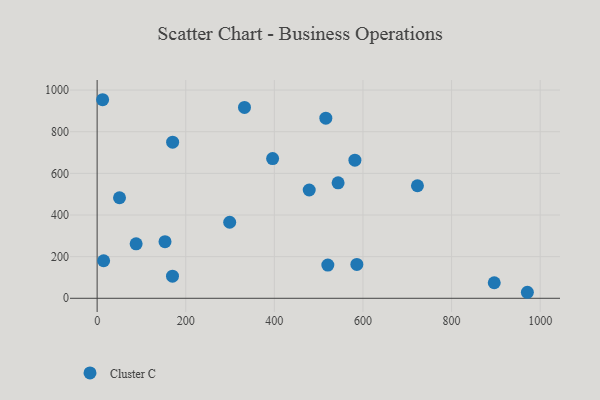
{"axis": {"x": "Distance", "y": "Sales"}, "legend": ["Cluster C"], "data": [{"x": "14.7", "y": 180.3, "type": "Cluster C"}, {"x": "396.1", "y": 670.8, "type": "Cluster C"}, {"x": "88.0", "y": 261.8, "type": "Cluster C"}, {"x": "299.2", "y": 365.1, "type": "Cluster C"}, {"x": "586.2", "y": 162.6, "type": "Cluster C"}, {"x": "543.9", "y": 554.7, "type": "Cluster C"}, {"x": "723.0", "y": 540.4, "type": "Cluster C"}, {"x": "170.1", "y": 106.3, "type": "Cluster C"}, {"x": "50.5", "y": 482.9, "type": "Cluster C"}, {"x": "153.2", "y": 271.7, "type": "Cluster C"}, {"x": "516.2", "y": 865.1, "type": "Cluster C"}, {"x": "332.6", "y": 916.5, "type": "Cluster C"}, {"x": "581.8", "y": 663.2, "type": "Cluster C"}, {"x": "520.7", "y": 159.3, "type": "Cluster C"}, {"x": "12.4", "y": 953.6, "type": "Cluster C"}, {"x": "896.3", "y": 74.6, "type": "Cluster C"}, {"x": "478.7", "y": 520.0, "type": "Cluster C"}, {"x": "170.4", "y": 749.8, "type": "Cluster C"}, {"x": "971.1", "y": 28.9, "type": "Cluster C"}]}